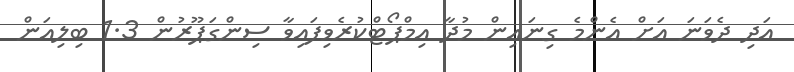
އަދި ދެވަނަ އަށް އެންމެ ގިނައިން މުދާ އިމްޕޯޓްކުރެވިފައިވާ ސިންގަޕޫރުން 1.3 ބިލިއަން